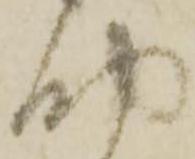
助